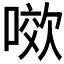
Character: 𭉯